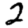
Digit: 2